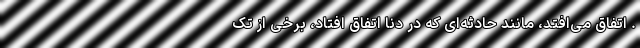
. اتفاق می‌افتد، مانند حادثه‌ای که در دنا اتفاق افتاد، برخی از تک